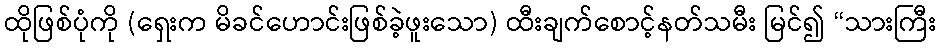
ထိုဖြစ်ပုံကို (ရှေးက မိခင်ဟောင်းဖြစ်ခဲ့ဖူးသော) ထီးချက်စောင့်နတ်သမီး မြင်၍ “သားကြီး